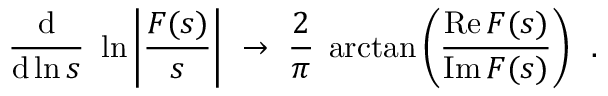
\frac { \mathrm { d } } { \mathrm { d } \ln s } \, \, \ln \left| \frac { F ( s ) } { s } \right| \, \, \rightarrow \, \, \frac { 2 } { \pi } \; \arctan \left( \frac { \mathrm { R e } \, F ( s ) } { \mathrm { I m } \, F ( s ) } \right) \, \, \, .